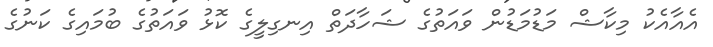
އެއާއެކު މިކާޝް މަޑުމަޑުން ވައަތުގެ ޝަހާދަތް އިނގިލީގެ ކޮޅު ވައަތުގެ ބުމައިގެ ކަނުގެ